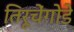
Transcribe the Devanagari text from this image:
तिरूचेंगोडे